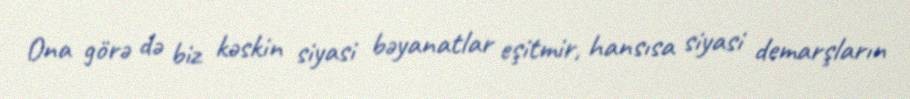
Ona görə də biz kəskin siyasi bəyanatlar eşitmir, hansısa siyasi demarşların